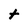
Character: t